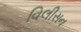
વિલીસન